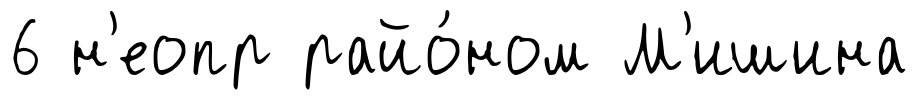
6 н'еопр райо́ном М'ишина